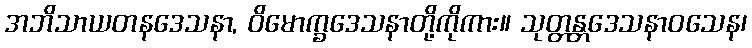
အဘိသာယတနဒေသနာ, ဝိမောက္ခဒေသနာတို့ကိုကား။ သုတ္တန္တဒေသနာဝသေန၊